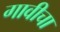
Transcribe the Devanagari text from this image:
गावीचा